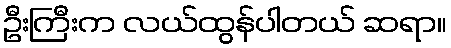
ဦးကြီးက လယ်ထွန်ပါတယ် ဆရာ။